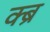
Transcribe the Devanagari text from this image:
क्ब्र